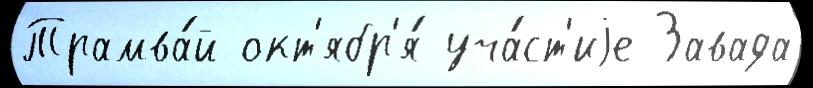
Трамва́й окт'ябр'я́ уча́ст'иjе Завада